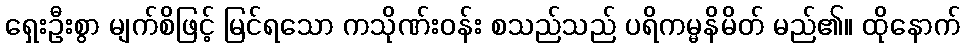
ရှေးဦးစွာ မျက်စိဖြင့် မြင်ရသော ကသိုဏ်းဝန်း စသည်သည် ပရိကမ္မနိမိတ် မည်၏။ ထိုနောက်